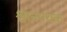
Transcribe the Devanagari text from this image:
श्वानपथक